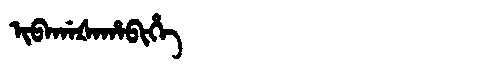
Manchu: ᡳᠪᠠᡤᠠᡧᠠᡥᠠᠪᡳᡥᡝ
Romanization: IBAGAŠAHABIHE